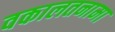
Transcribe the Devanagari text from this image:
वकालतनामा